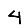
Digit: 4